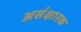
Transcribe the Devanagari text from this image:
असंक्षारक